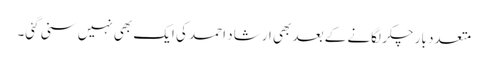
متعدد بار چکر لگانے کے بعد بھی ارشاد احمد کی ایک بھی نہیں سنی گئی۔